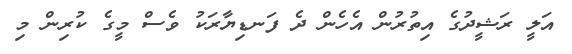
އަލީ ރަޝީދުގެ އިތުރުން އެހެން ދެ ފަނޑިޔާރަކު ވެސް މީގެ ކުރިން މި